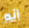
انه